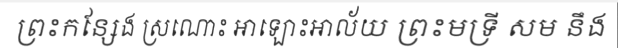
ព្រះកន្សែង ស្រណោះ អាឡោះអាល័យ ព្រះមទ្រី សម នឹង